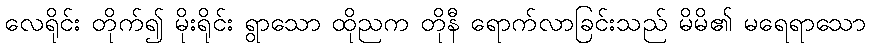
လေရိုင်း တိုက်၍ မိုးရိုင်း ရွာသော ထိုညက တိုနီ ရောက်လာခြင်းသည် မိမိ၏ မရေရာသော